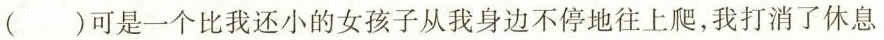
()可是一个比我还小的女孩子从我身边不停地往上爬，我打消了休息